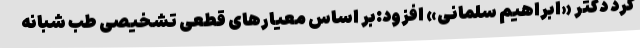
کرد دکتر «ابراهیم سلمانی» افزود:بر اساس معیارهای قطعی تشخیصی طب شبانه